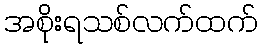
အစိုးရသစ်လက်ထက်